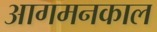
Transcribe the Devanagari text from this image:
आगमनकाल